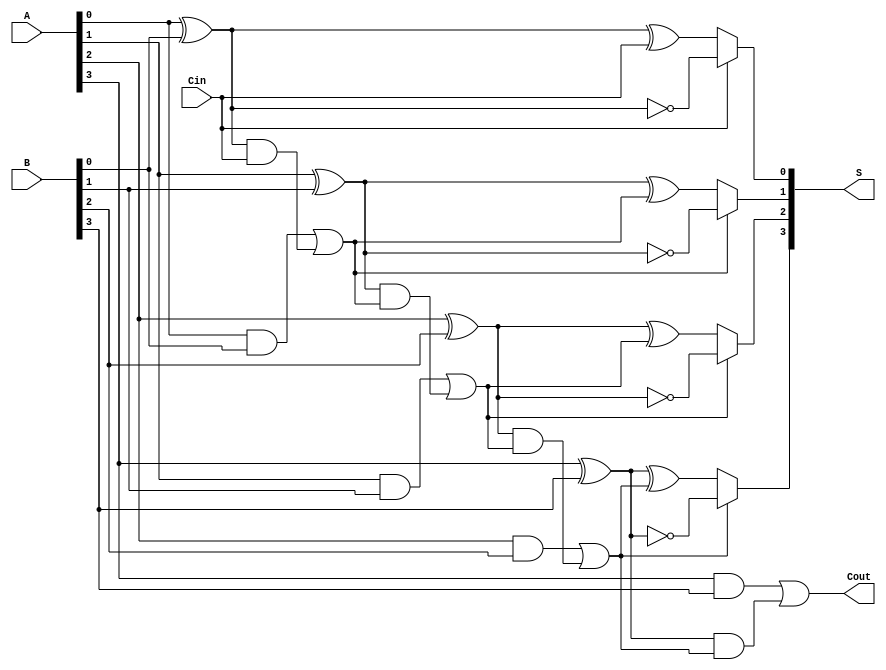
module CSA #(
    parameter N = 4 // Parameter to set the bit-width, default is 4
) (
    input [N-1:0] A,       // First n-bit input
    input [N-1:0] B,       // Second n-bit input
    input Cin,             // Carry-in
    output [N-1:0] S,      // n-bit sum output
    output Cout            // Carry-out
);

    wire [N-1:0] G;        // Generate signals
    wire [N-1:0] P;        // Propagate signals
    wire [N:0] C;          // Carry signals

    // Generate and Propagate signals
    genvar i;
    generate
        for (i = 0; i < N; i = i + 1) begin : gen_prop
            assign G[i] = A[i] & B[i];                  // Generate
            assign P[i] = A[i] ^ B[i];                  // Propagate
        end
    endgenerate

    // Carry signals calculation
    assign C[0] = Cin;                                   // C0 is Cin
    generate
        for (i = 1; i <= N; i = i + 1) begin : carry_gen
            assign C[i] = G[i-1] | (P[i-1] & C[i-1]);   // Carry calculation
        end
    endgenerate

    // Sum calculation
    wire [N-1:0] S0;                                      // Sum with carry = 0
    wire [N-1:0] S1;                                      // Sum with carry = 1
    generate
        for (i = 0; i < N; i = i + 1) begin : sum_calc
            assign S0[i] = P[i] ^ C[i];                   // Sum if carry = 0
            assign S1[i] = ~P[i];                          // Sum if carry = 1 (P[i] XOR 1)
        end
    endgenerate

    // Output sum selection based on carry signals
    generate
        for (i = 0; i < N; i = i + 1) begin : mux
            assign S[i] = C[i] ? S1[i] : S0[i];           // Select appropriate sum
        end
    endgenerate

    // Final carry-out
    assign Cout = C[N];                                   // Cout is the last carry signal

endmodule